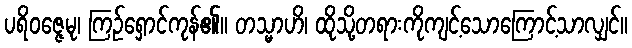
ပရိဝဇ္ဇေမု၊ ကြဉ်ရှောင်ကုန်၏။ တသ္မာဟိ၊ ထိုသို့တရားကိုကျင့်သောကြောင့်သာလျှင်။